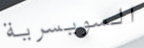
السويسرية